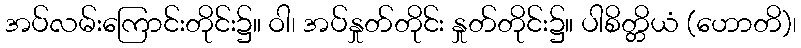
အပ်လမ်းကြောင်းတိုင်း၌။ ဝါ၊ အပ်နှုတ်တိုင်း နှုတ်တိုင်း၌။ ပါစိတ္တိယံ (ဟောတိ)၊